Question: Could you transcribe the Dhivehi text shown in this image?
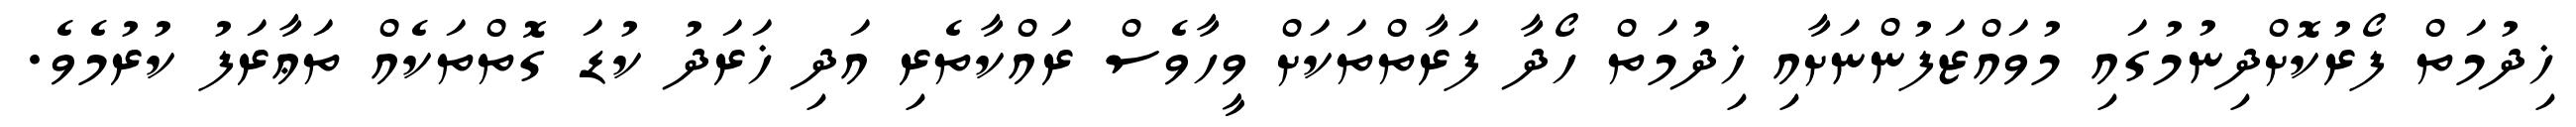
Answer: ޚިދުމަތް ފޯރުކޮށްދިނުމުގައި މުވައްޒަފުންނަށާއި ޚިދުމަތް ހޯދާ ފަރާތްތަކަށް ވީހާވެސް ރައްކާތެރި އަދި ޚަރަދު ކުޑަ ގޮތްތަކެއް ތަޢާރަފު ކުރުމެވެ.